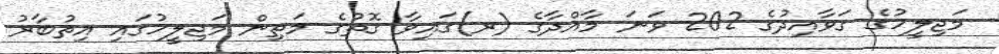
މަޖިލީހުގެ ގަވާއިދުގެ 202 ވަނަ މާއްދާގެ (ރ)ގައިވާ ގޮތުގެ މަތިން މަޖިލީހުގައި އިތުބާރު